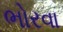
ભોરવા